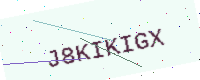
Text: J8KIKIGX